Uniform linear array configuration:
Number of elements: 8
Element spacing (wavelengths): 0.75
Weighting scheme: hamming
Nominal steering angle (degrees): -45
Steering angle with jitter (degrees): -44.561
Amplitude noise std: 0.05
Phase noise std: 0.05

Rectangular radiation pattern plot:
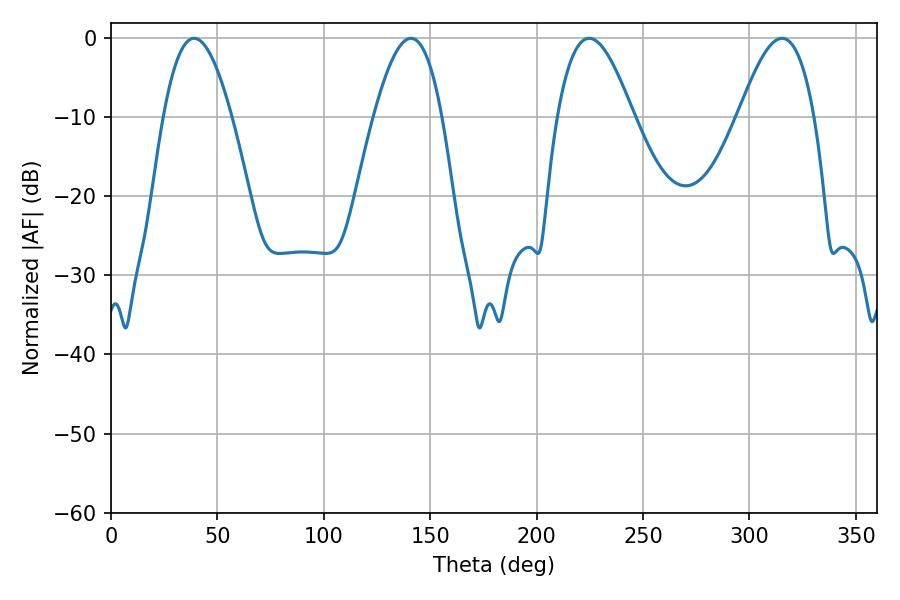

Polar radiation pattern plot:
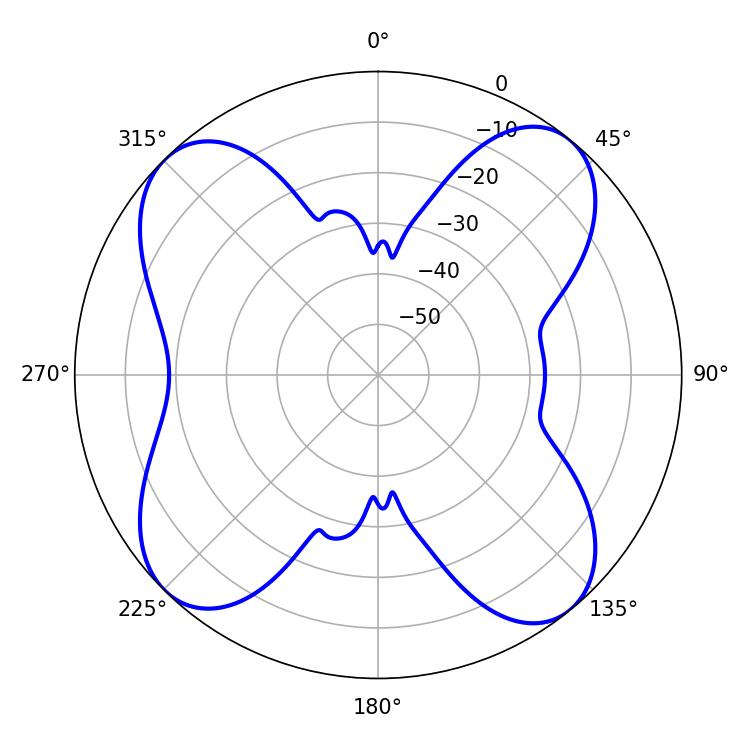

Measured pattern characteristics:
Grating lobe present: TRUE
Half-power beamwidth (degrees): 17.46
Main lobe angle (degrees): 39.06